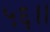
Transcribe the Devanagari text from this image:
५६।।